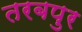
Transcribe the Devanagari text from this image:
तरबपुर